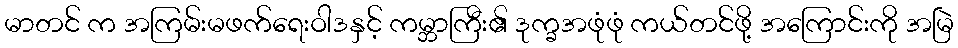
မာတင် က အကြမ်းမဖက်ရေးဝါဒနှင့် ကမ္ဘာကြီး၏ ဒုက္ခအဖုံဖုံ ကယ်တင်ဖို့ အကြောင်းကို အမြဲ